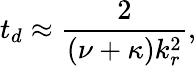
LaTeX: t_{d}\approx\frac{2}{(\nu+\kappa)k_{r}^{2}},